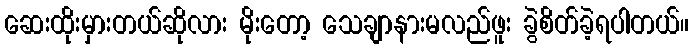
ဆေးထိုးမှားတယ်ဆိုလား မိုးတော့ သေချာနားမလည်ဖူး ခွဲစိတ်ခဲ့ရပါတယ်။